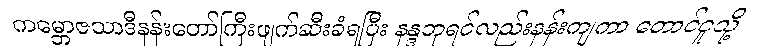
ကမ္ဘောဇသာဒီနန်းတော်ကြီးဖျက်ဆီးခံရပြီး နန္ဒဘုရင်လည်းနန်းကျကာ တောင်ငူသို့